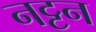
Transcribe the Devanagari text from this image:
नट्टन